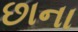
છાના